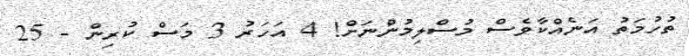
ތުހުމަތު އަނެއްކާވެސް މުސްލިމުންނަށް! 4 އަހަރު 3 މަސް ކުރިން - 25